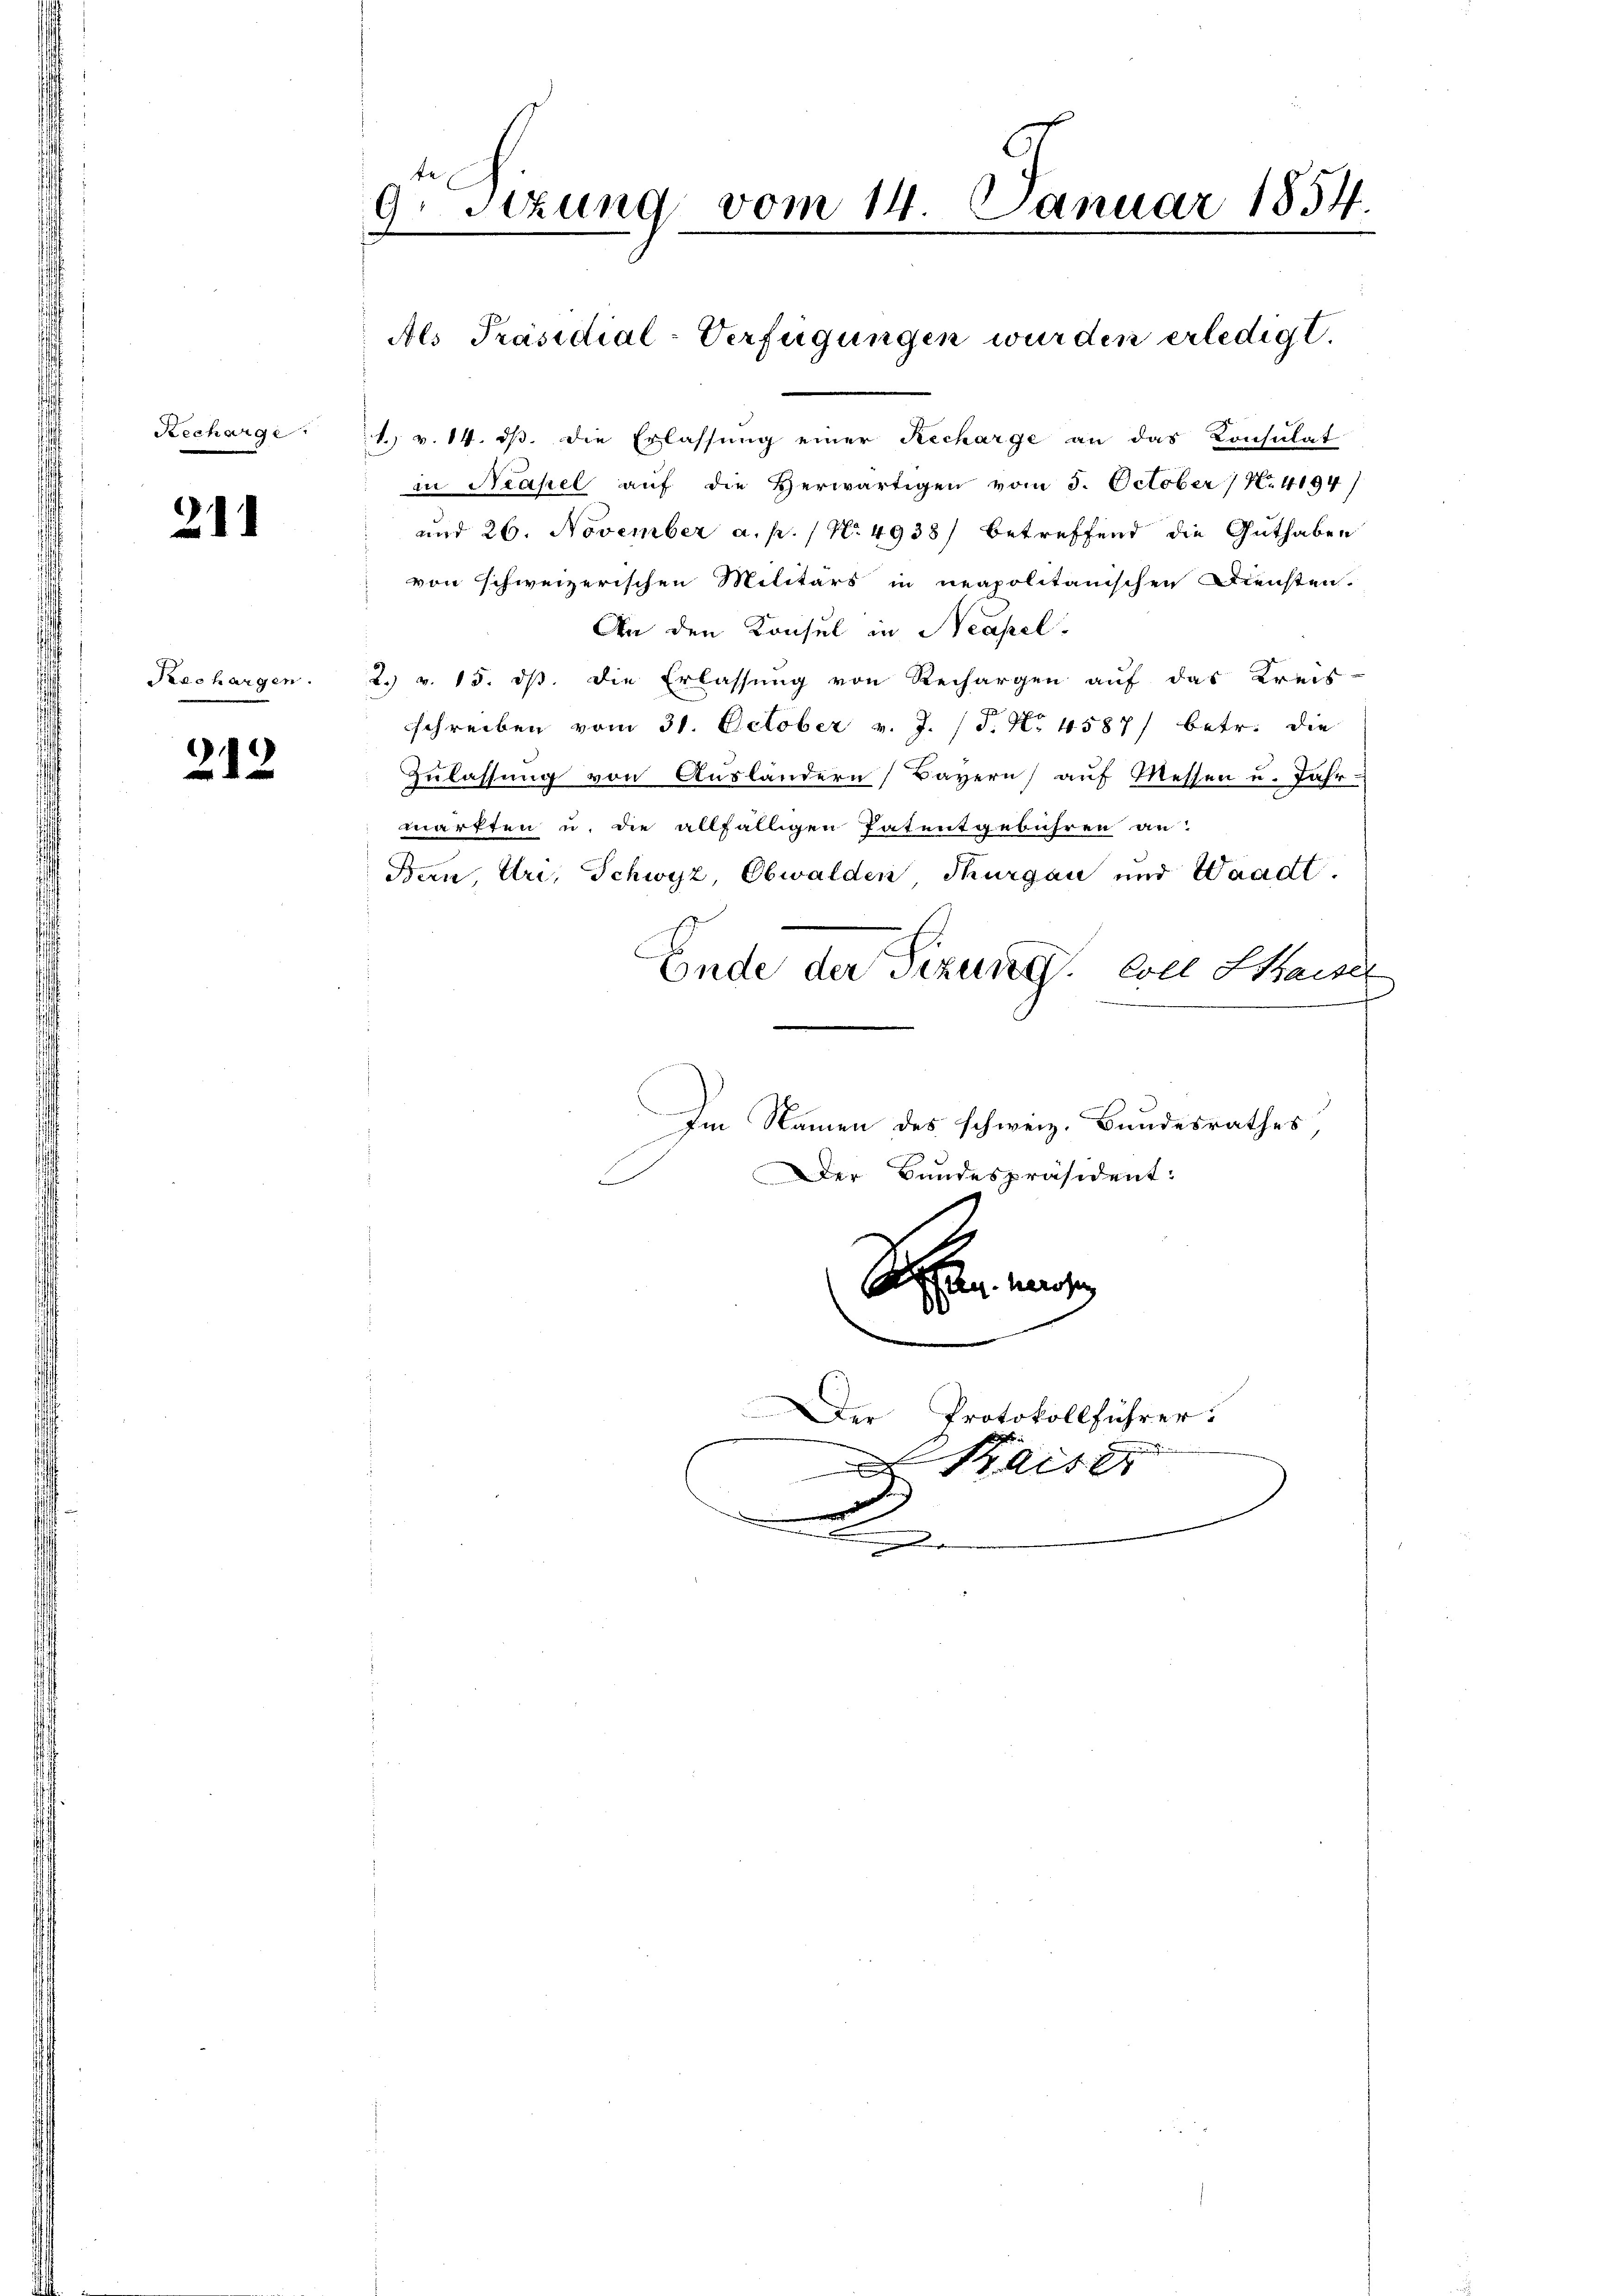
Rechargi

211

Prachargen.

2.12.

9. sezung vom 14. Januar 1854.
.

Als Präsidial-Verfügungen wurden erledigt.

1. v. 14. ds. die Erlassung einer Recharge an das Konsulat
in Neapel auf die Herwärtigen vom 5. October N. 4194/
und 26. November a. p. / N. 4938) betreffend die Guthaben
von schweizerischen Militärs in neapolitanischen Diensten.
An den Konsul in Neapel.
2. v. 15. ds. die Erlassung von Rechargen auf das Kreis
schreiben vom 31. October v. J. (T. No 4587/ betr. die
Zulassung von Ausländern Bayern) auf Messen u. Jahr-
märften u. die allfälligen Patentgebühren an
Ban Uri, Schwyz, Obwalden Thurgau und Waadt.
Ende der Tizung. Coel Kaiser
Im Namen des schweiz. Bundesrathes,
Der Bandespräsident:
Se un
Der Protokollführer

.
.

ais